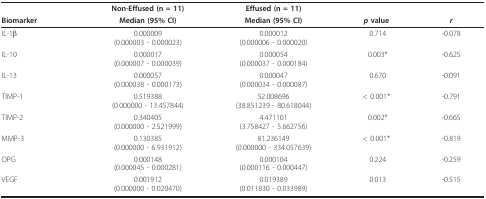
<table><thead><tr><td></td><td><b>Non-Effused (n = 11)</b></td><td><b>Effused (n = 11)</b></td><td></td><td></td></tr><tr><td><b>Biomarker</b></td><td><b>Median (95% CI)</b></td><td><b>Median (95% CI)</b></td><td><b><i>p </i>value</b></td><td><b><i>r</i></b></td></tr></thead><tbody><tr><td>IL-1β</td><td>0.000009(0.000003 - 0.000023)</td><td>0.000012(0.000006 - 0.000020)</td><td>0.714</td><td>-0.078</td></tr><tr><td>IL-10</td><td>0.000017(0.000007 - 0.000039)</td><td>0.000054(0.000037 - 0.000184)</td><td>0.003*</td><td>-0.625</td></tr><tr><td>IL-13</td><td>0.000057(0.000038 - 0.000173)</td><td>0.000047(0.000034 - 0.000087)</td><td>0.670</td><td>-0.091</td></tr><tr><td>TIMP-1</td><td>0.519388(0.000000 - 13.457844)</td><td>52.008696(38.851239 - 80.618044)</td><td>&lt; 0.001*</td><td>-0.791</td></tr><tr><td>TIMP-2</td><td>0.340405(0.000000 - 2.521999)</td><td>4.471101(3.758427 - 5.662756)</td><td>0.002*</td><td>-0.665</td></tr><tr><td>MMP-3</td><td>0.130385(0.000000 - 6.931912)</td><td>81.236149(0.000000 - 334.057639)</td><td>&lt; 0.001*</td><td>-0.819</td></tr><tr><td>OPG</td><td>0.000148(0.000045 - 0.000281)</td><td>0.000104(0.000116 - 0.000447)</td><td>0.224</td><td>-0.259</td></tr><tr><td>VEGF</td><td>0.001912(0.000000 - 0.020470)</td><td>0.019389(0.011830 - 0.033989)</td><td>0.013</td><td>-0.515</td></tr></tbody></table>